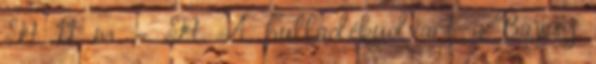
Ft 11 m ,- Ft A hulladékudvart a Bajcsy